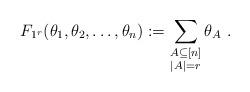
LaTeX: \begin{align*}F_{1^r}(\theta_1, \theta_2, \ldots, \theta_n) := \sum_{\substack{A \subseteq [n]\\|A|=r}} \theta_A~.\end{align*}